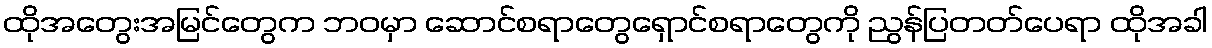
ထိုအတွေးအမြင်တွေက ဘဝမှာ ဆောင်စရာတွေရှောင်စရာတွေကို ညွန်ပြတတ်ပေရာ ထိုအခါ